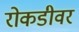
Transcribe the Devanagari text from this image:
रोकडीवर